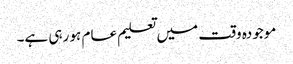
موجودہ وقت میں تعلیم عام ہو رہی ہے۔